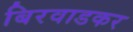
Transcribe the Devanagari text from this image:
बिरवाडकर